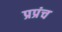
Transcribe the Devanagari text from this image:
प्रप्रंच